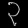
Digit: ၃